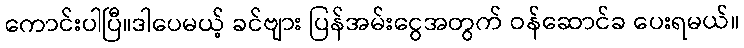
ကောင်းပါပြီ။ဒါပေမယ့် ခင်ဗျား ပြန်အမ်းငွေအတွက် ဝန်ဆောင်ခ ပေးရမယ်။